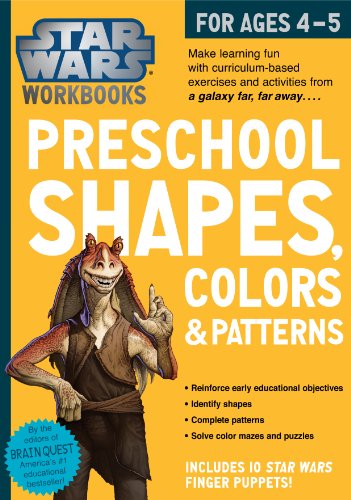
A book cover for Star Wars Workbook: Preschool Shapes, Colors, and Patterns; Workman Publishing; Children's Books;